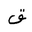
Letter: _qaf